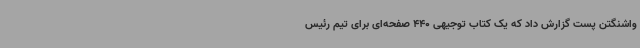
واشنگتن پست گزارش داد که یک کتاب توجیهی 440 صفحه‌ای برای تیم رئیس